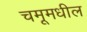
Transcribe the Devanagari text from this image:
चमूमधील